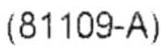
(81109-A)